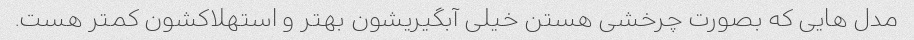
مدل هایی که بصورت چرخشی هستن خیلی آبگیریشون بهتر و استهلاکشون کمتر هست.